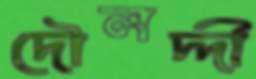
দৌলদ্দী